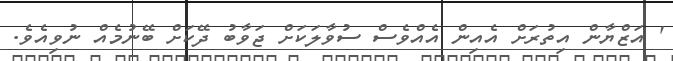
' އަޒްޔާން އިތުރަށް އެއިން އެއްވެސް ސުވާލަކަށް ޖަވާބު ދޭކަށް ބޭނުމެއް ނުވިއެވެ.